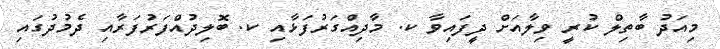
މިއަދު ބާތިލް ކުރީ ވިލާއަށް ދީފައިވާ ކ. މާދިއްގަރުފަޅާއި ކ. ބޮލިދުއްފަރުފަރާއި ދެމުދުގައި